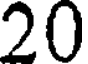
20